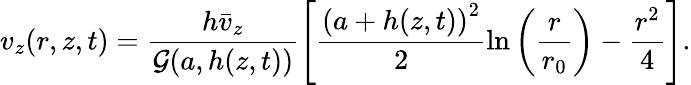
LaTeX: v_{z}(r,z,t)=\frac{h\bar{v}_{z}}{\mathcal{G}(a,h(z,t))}\left[\frac{\left(a+h(z,t)\right)^{2}}{2}\ln\left(\frac{r}{r_{0}}\right)-\frac{r^{2}}{4}\right].